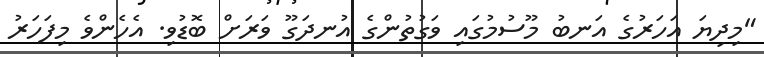
"މިދިޔަ އަހަރުގެ އަނބު މޫސުމުގައި ވަގުތުންގެ އުނދަގޫ ވަރަށް ބޮޑުވި. އެހެންވެ މިފަހަރު